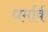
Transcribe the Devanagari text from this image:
धर्मार्क